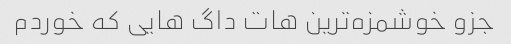
جزو خوشمزه‌ترین هات داگ هایی که خوردم